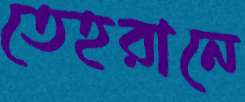
তেহরানে